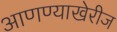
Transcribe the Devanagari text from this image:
आणण्याखेरीज